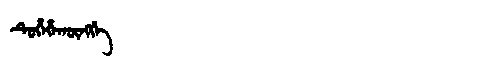
Manchu: ᡨᡠᡥᡝᡥᠠᡴᡡᠩᡤᡝ
Romanization: TUHEHAKŪNGGE